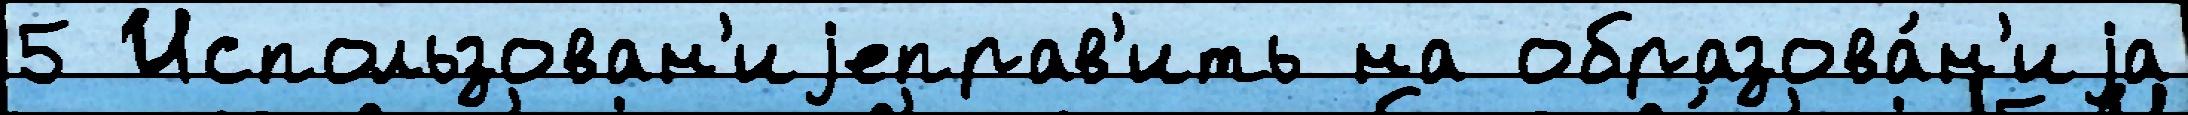
5 Использован'иjеправ'ить на образова́н'иjа